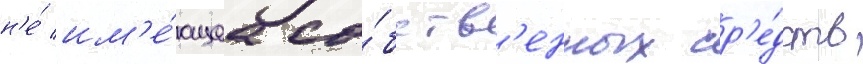
н'е́ им'е́ющаа со́бств'енных ср'е́дств